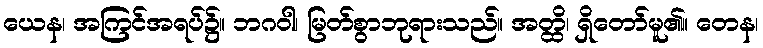
ယေန၊ အကြင်အရပ်၌။ ဘဂဝါ၊ မြတ်စွာဘုရားသည်။ အတ္ထိ၊ ရှိတော်မူ၏။ တေန၊